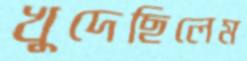
খুদেছিলেম